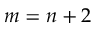
m = n + 2